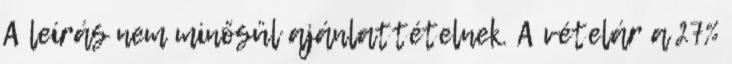
A leírás nem minősül ajánlattételnek. A vételár a 27%